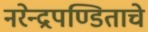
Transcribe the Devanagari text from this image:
नरेन्द्रपण्डिताचे